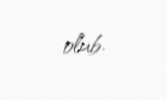
olub.